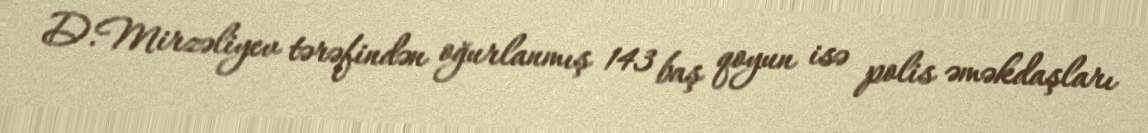
D.Mirzəliyev tərəfindən oğurlanmış 143 baş qoyun isə polis əməkdaşları